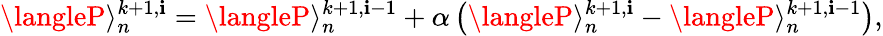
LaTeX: \langleP\rangle_{n}^{k+1,\mathbf{i}}=\langleP\rangle_{n}^{k+1,\mathbf{i}-1}+\alpha\left(\langleP\rangle_{n}^{k+1,\mathbf{i}}-\langleP\rangle_{n}^{k+1,\mathbf{i}-1}\right),